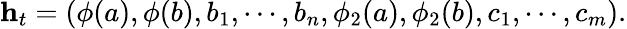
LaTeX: \begin{array}{r}{\mathbf{h}_{t}=(\phi(a),\phi(b),b_{1},\cdots,b_{n},\phi_{2}(a),\phi_{2}(b),c_{1},\cdots,c_{m}).}\end{array}